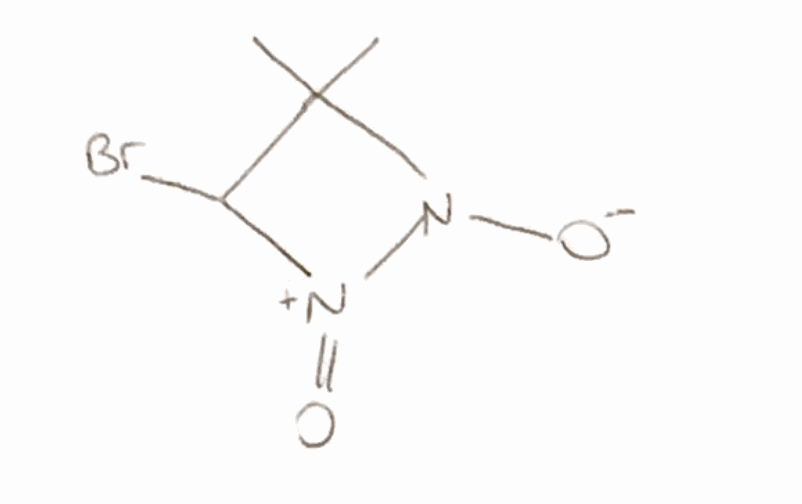
Simplified molecular-input line-entry system (SMILES) notation of the given molecule:
CC1(C([N+](=O)N1[O-])Br)C